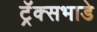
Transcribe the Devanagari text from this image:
ट्रॅक्सभाडे